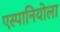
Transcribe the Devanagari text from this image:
एस्पानियोला